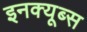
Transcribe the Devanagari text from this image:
इनक्यूब्स